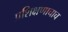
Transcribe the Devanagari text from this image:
प्रशिक्षणाचाच